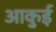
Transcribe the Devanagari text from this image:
आकुई